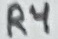
Text: R4